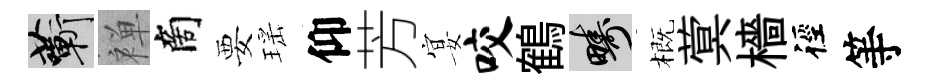
蔪禅商要瑶仰芳宴咬鶴疇概蓂檣徑等